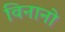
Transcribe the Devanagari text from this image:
विनानो